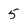
Character: 5